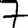
Digit: 7